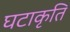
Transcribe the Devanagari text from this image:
घटाकृति